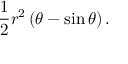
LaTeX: { \frac { 1 } { 2 } } r ^ { 2 } \left( \theta - \sin { \theta } \right) .